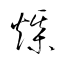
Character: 煤